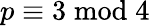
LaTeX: p\equiv 3{\bmod{4}}